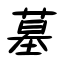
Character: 墓